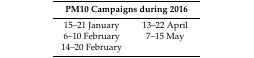
<table><thead><tr><td colspan="2"><b>PM10 Campaigns during 2016</b></td></tr></thead><tbody><tr><td>15–21 January</td><td>13–22 April</td></tr><tr><td>6–10 February</td><td>7–15 May</td></tr><tr><td>14–20 February</td><td></td></tr></tbody></table>